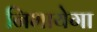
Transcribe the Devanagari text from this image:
निभायेगा